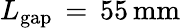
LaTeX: L_{\mathrm{{gap}}}\, =\, 55\, \mathrm{{mm}}